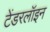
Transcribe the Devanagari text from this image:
टेंडरलॉइन